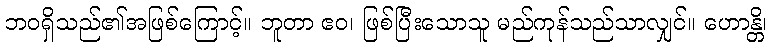
ဘဝရှိသည်၏အဖြစ်ကြောင့်။ ဘူတာ ဧဝ၊ ဖြစ်ပြီးသောသူ မည်ကုန်သည်သာလျှင်။ ဟောန္တိ၊